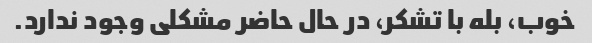
خوب، بله با تشکر، در حال حاضر مشکلی وجود ندارد.